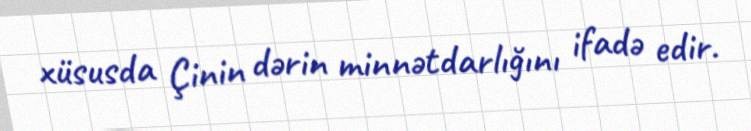
xüsusda Çinin dərin minnətdarlığını ifadə edir.